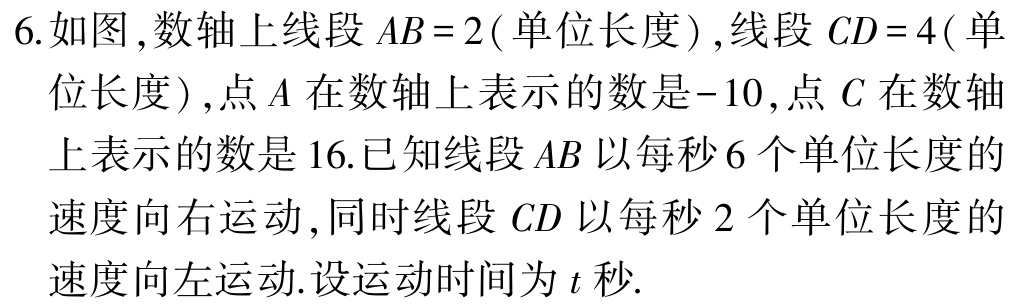
6.如图,数轴上线段 \(AB = 2(\)单位长度\()\),线段 \(CD = 4(\)单

位长度\(),\)点 \(A\)在数轴上表示的数是\(-10,\)点 \(C\)在数轴

上表示的数是\(16.\)已知线段\(AB\)以每秒\(6\)个单位长度的

速度向右运动,同时线段 \(CD\)以每秒\(2\)个单位长度的

速度向左运动.设运动时间为\(t\)秒.